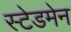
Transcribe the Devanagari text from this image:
स्टेडमेन